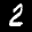
Label: 2